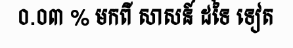
០.០៣ % មកពី សាសន៍ ដទៃ ទៀត